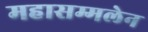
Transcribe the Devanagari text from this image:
महासम्मलेन